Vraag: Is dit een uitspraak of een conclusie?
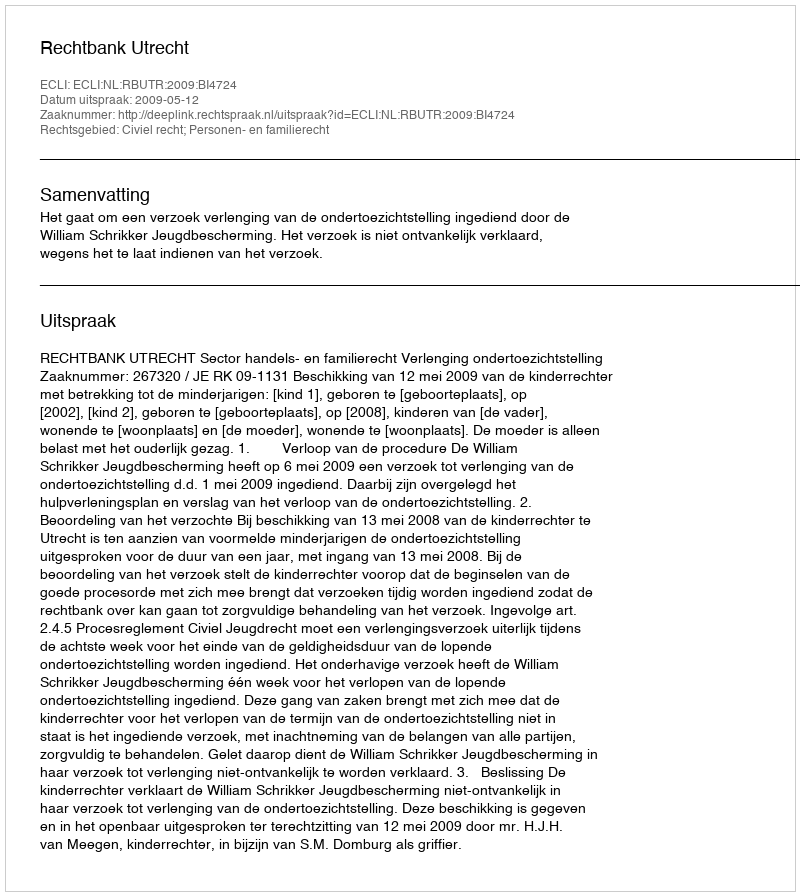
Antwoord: Uitspraak